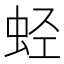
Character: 𰲶